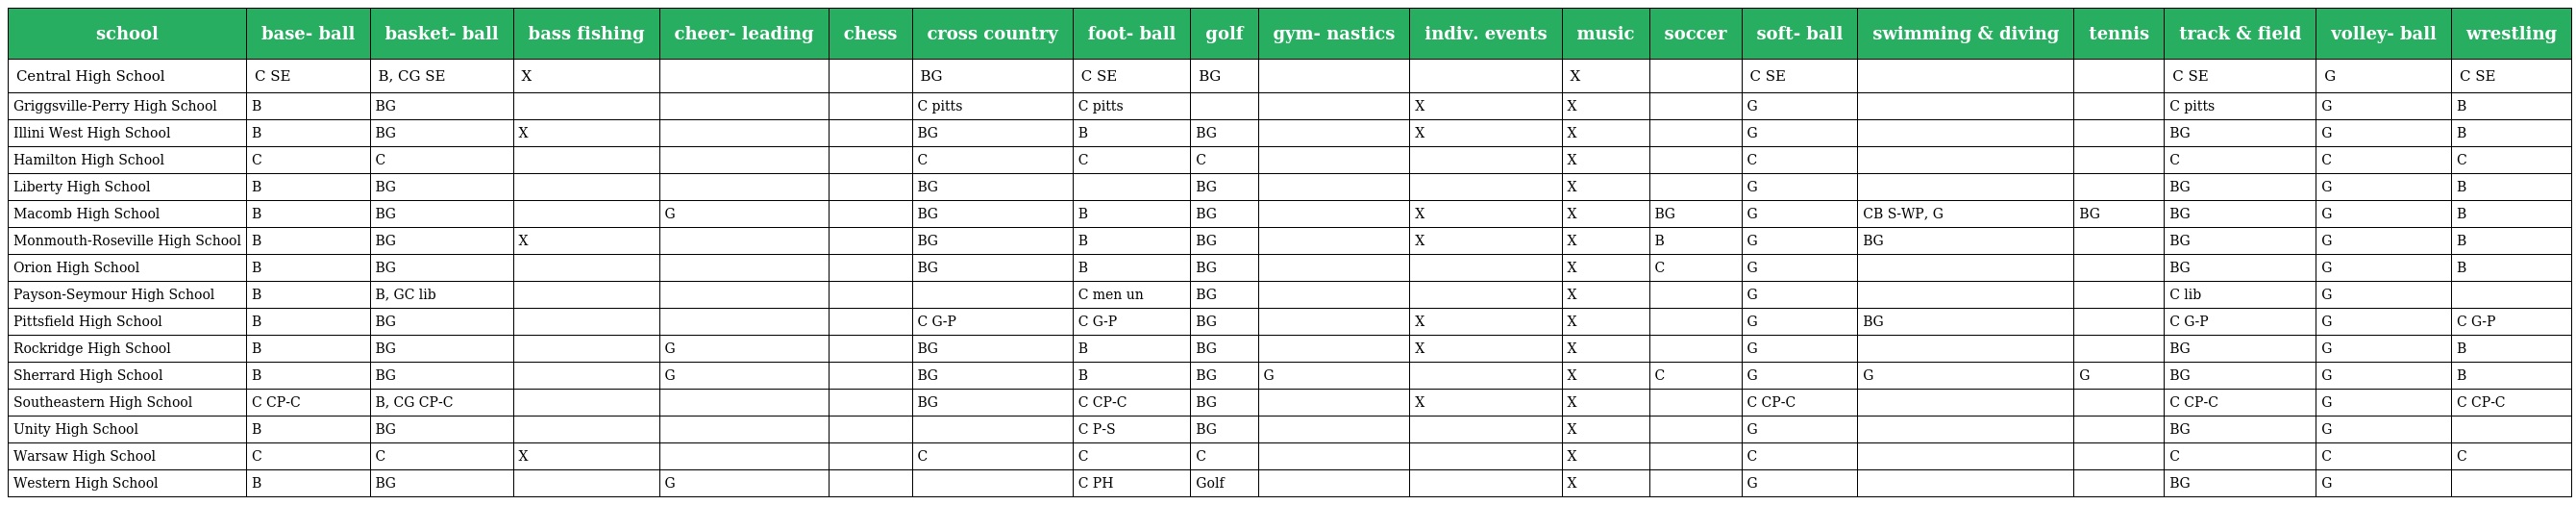
| school | base- ball | basket- ball | bass fishing | cheer- leading | chess | cross country | foot- ball | golf | gym- nastics | indiv. events | music | soccer | soft- ball | swimming & diving | tennis | track & field | volley- ball | wrestling |
 | --- | --- | --- | --- | --- | --- | --- | --- | --- | --- | --- | --- | --- | --- | --- | --- | --- | --- | --- |
 | Central High School | C SE | B, CG SE | X |  |  | BG | C SE | BG |  |  | X |  | C SE |  |  | C SE | G | C SE |
 | Griggsville-Perry High School | B | BG |  |  |  | C pitts | C pitts |  |  | X | X |  | G |  |  | C pitts | G | B |
 | Illini West High School | B | BG | X |  |  | BG | B | BG |  | X | X |  | G |  |  | BG | G | B |
 | Hamilton High School | C | C |  |  |  | C | C | C |  |  | X |  | C |  |  | C | C | C |
 | Liberty High School | B | BG |  |  |  | BG |  | BG |  |  | X |  | G |  |  | BG | G | B |
 | Macomb High School | B | BG |  | G |  | BG | B | BG |  | X | X | BG | G | CB S-WP, G | BG | BG | G | B |
 | Monmouth-Roseville High School | B | BG | X |  |  | BG | B | BG |  | X | X | B | G | BG |  | BG | G | B |
 | Orion High School | B | BG |  |  |  | BG | B | BG |  |  | X | C | G |  |  | BG | G | B |
 | Payson-Seymour High School | B | B, GC lib |  |  |  |  | C men un | BG |  |  | X |  | G |  |  | C lib | G |  |
 | Pittsfield High School | B | BG |  |  |  | C G-P | C G-P | BG |  | X | X |  | G | BG |  | C G-P | G | C G-P |
 | Rockridge High School | B | BG |  | G |  | BG | B | BG |  | X | X |  | G |  |  | BG | G | B |
 | Sherrard High School | B | BG |  | G |  | BG | B | BG | G |  | X | C | G | G | G | BG | G | B |
 | Southeastern High School | C CP-C | B, CG CP-C |  |  |  | BG | C CP-C | BG |  | X | X |  | C CP-C |  |  | C CP-C | G | C CP-C |
 | Unity High School | B | BG |  |  |  |  | C P-S | BG |  |  | X |  | G |  |  | BG | G |  |
 | Warsaw High School | C | C | X |  |  | C | C | C |  |  | X |  | C |  |  | C | C | C |
 | Western High School | B | BG |  | G |  |  | C PH | Golf |  |  | X |  | G |  |  | BG | G |  |